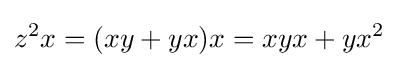
z^{2}x=(xy+yx)x=xyx+yx^{2}